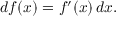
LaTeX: d f ( x ) = f ^ { \prime } ( x ) \, d x .